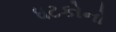
ધટકોનો